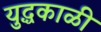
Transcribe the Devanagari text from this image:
युद्धकाळी